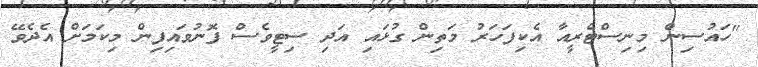
"ހައުސިން މިނިސްޓްރީއާ އެކިފަހަރު މަތިން ގުޅައި އަދި ސިޓީވެސް ފޮނުވައިފިން މިކަމަށް އެދެވޭ